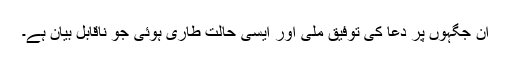
ان جگہوں پر دعا کی توفیق ملی اور ایسی حالت طاری ہوئی جو ناقابلِ بیان ہے۔